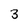
Character: 3